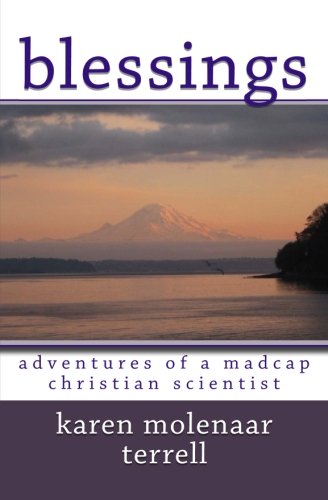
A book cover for Blessings:: Adventures of a Madcap Christian Scientist; Karen Molenaar Terrell; Christian Books & Bibles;